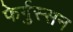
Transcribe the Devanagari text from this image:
फेर्गुस्सन